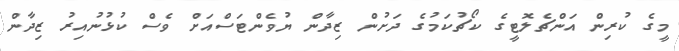
މީގެ ކުރިން އަންޗެލޮޓީގެ ކޯޗުކަމުގެ ދަށުން ޒިދާން ޔުވެންޓަސްއަށް ވެސް ކުޅުނުއިރު ޒިދާން